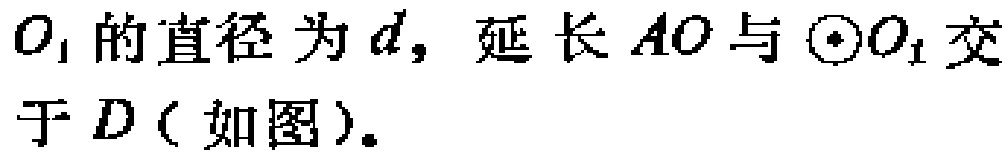
$O_{1}$的直径为$d$，延长$AO$与$\odot O_{1}$交于$D$（如图）。